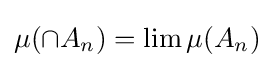
\mu (\cap A_{n})=\lim \mu (A_{n})